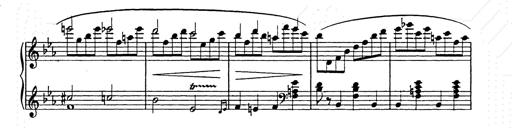
Title: Allegro di bravura
Composer: Carl Maria von Weber
Key: D major